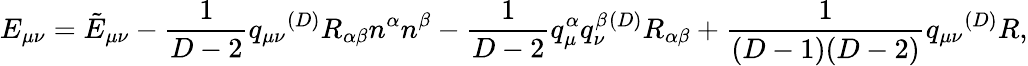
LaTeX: E_{\mu\nu}={\tilde{E}}_{\mu\nu}-\frac{1}{D-2}q_{\mu\nu}{}^{(D)}R_{\alpha\beta}n^{\alpha}n^{\beta}-\frac{1}{D-2}q_{\mu}^{\alpha}q_{\nu}^{\beta}{}^{(D)}R_{\alpha\beta}+\frac{1}{(D-1)(D-2)}q_{\mu\nu}{}^{(D)}R,